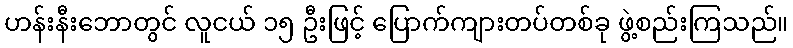
ဟန်းနီးဘောတွင် လူငယ် ၁၅ ဦးဖြင့် ပြောက်ကျားတပ်တစ်ခု ဖွဲ့စည်းကြသည်။